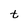
Character: t